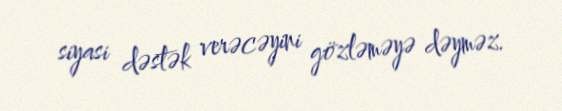
siyasi dəstək verəcəyini gözləməyə dəyməz.